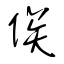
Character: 俟